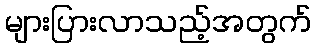
များပြားလာသည့်အတွက်